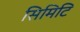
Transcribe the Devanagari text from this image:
सिमिटि